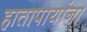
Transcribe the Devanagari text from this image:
हातापायांना